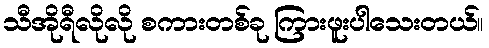
သီအိုရီလိုလို စကားတစ်ခု ကြားဖူးပါသေးတယ်။